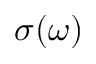
\sigma ( \omega )